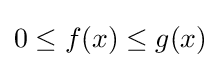
0\leq f(x)\leq g(x)